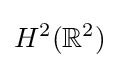
H^{2}(\mathbb {R} ^{2})